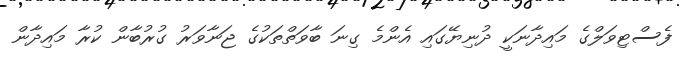
ފެސްޓިވަލްގެ މައިދާނަކީ ދުނިޔޭގައި އެންމެ ގިނަ ބާވަތްތަކުގެ ޖަނާވަރު ގުރުބާން ކުރާ މައިދާން